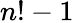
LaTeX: n!-1